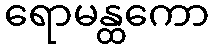
ရောမန္ထကော